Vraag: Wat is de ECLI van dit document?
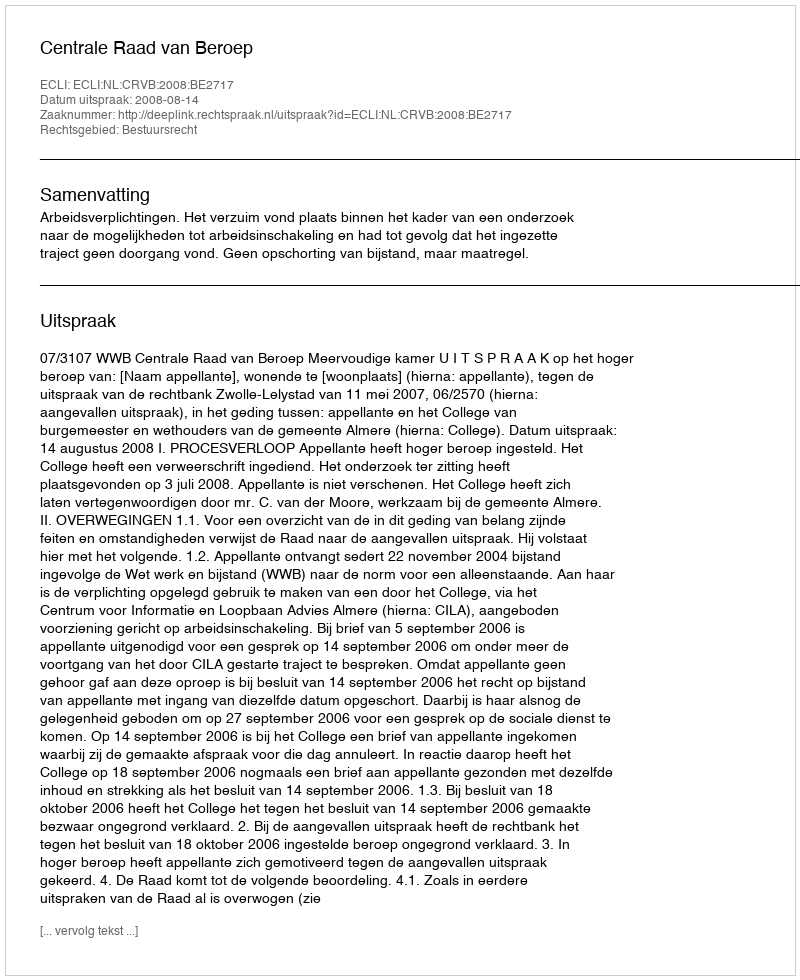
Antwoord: ECLI:NL:CRVB:2008:BE2717